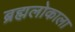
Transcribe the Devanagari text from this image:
ब्रह्मलोकाला